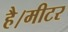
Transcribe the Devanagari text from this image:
है।मीटर